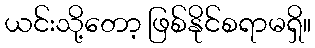
ယင်းသို့တော့ ဖြစ်နိုင်စရာမရှိ။